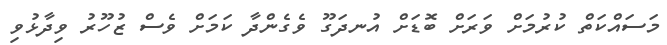
މަސައްކަތް ކުރުމަށް ވަރަށް ބޮޑަށް އުނދަގޫ ވެގެންދާ ކަމަށް ވެސް ޒުހޫރު ވިދާޅުވި